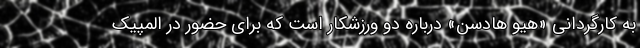
به کارگردانی «هیو هادسن» درباره دو ورزشکار است که برای حضور در المپیک